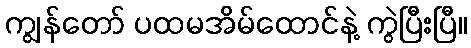
ကျွန်တော် ပထမအိမ်ထောင်နဲ့ ကွဲပြီးပြီ။